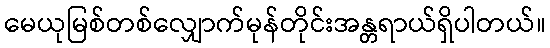
မေယုမြစ်တစ်လျှောက်မုန်တိုင်းအန္တရာယ်ရှိပါတယ်။